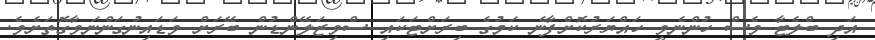
އަދި ބްލެޓާ ވެސް ހުންނެވީ ހައްޔަރުކޮށްފާނެ ކަމުގެ ބިރަށްޓަކައި ސްވިޒަލޭންޑުން ބޭރަށް ވަޑައިނުގަންނަވާގޮތަށެވެ.